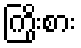
ကြိုးစား